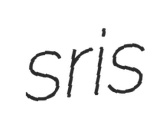
sris